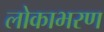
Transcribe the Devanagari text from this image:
लोकाभरण